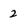
Character: 2